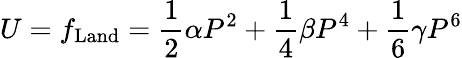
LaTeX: U=f_{\mathrm{Land}}=\frac{1}{2}\alpha P^{2}+\frac{1}{4}\beta P^{4}+\frac{1}{6}\gamma P^{6}